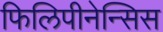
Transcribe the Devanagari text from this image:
फिलिपीनेन्सिस